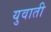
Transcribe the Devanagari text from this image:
युवाती